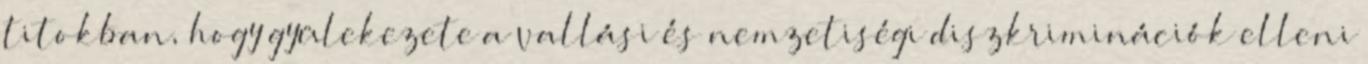
titokban, hogy gyülekezete a vallási és nemzetiségi diszkriminációk elleni